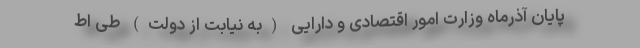
پایان آذرماه وزارت امور اقتصادی و دارایی (به نیابت از دولت) طی اط